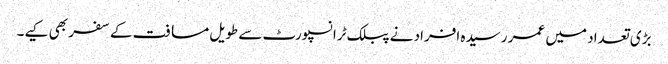
بڑی تعداد میں عمر رسیدہ افراد نے پبلک ٹرانسپورٹ سے طویل مسافت کے سفر بھی کیے۔